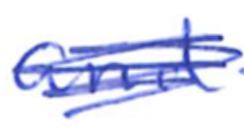
Text: and
Cross-out: scratch
Writing tool: ballpoint